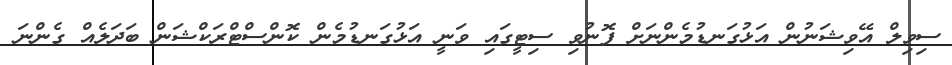
ސިވިލް އޭވިޝަނުން އަޅުގަނޑުމެންނަށް ފޮނުވި ސިޓީގައި ވަނީ އަޅުގަނޑުމެން ކޮންސްޓްރަކްޝަން ބަދަލެއް ގެންނަ